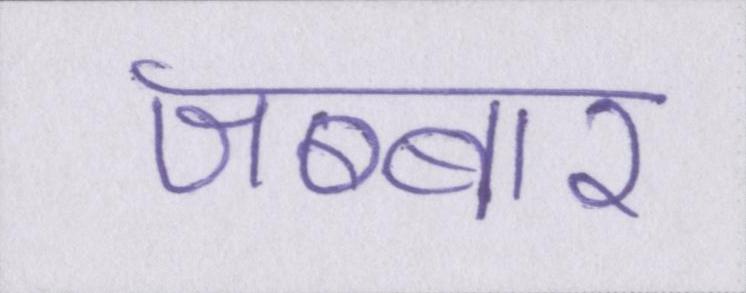
जब्बार